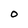
Character: O